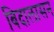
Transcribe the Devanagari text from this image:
बिदालासन